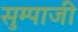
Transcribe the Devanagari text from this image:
सुम्पाजी